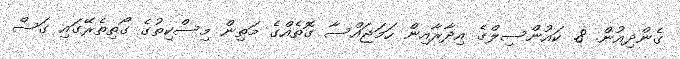
ގެންދިއުން. 8. ކައުންސިލްގެ އިދާރާއިން ހަމަޖައްސާ ގޮތެއްގެ މަތިން މިސްކިތުގެ ގޯތިތެރޭގައި ގަސް